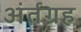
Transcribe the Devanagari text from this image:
अंर्तग्रह